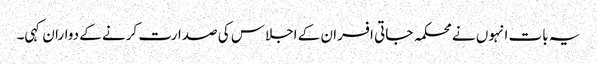
یہ بات انہوں نے محکمہ جاتی افسران کے اجلاس کی صدارت کرنے کے دواران کہی۔